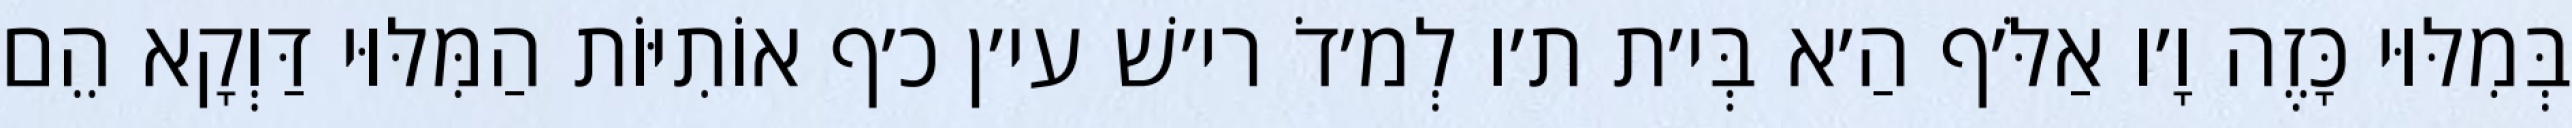
בְּמִלּוּי כָּזֶה וָ׳ו אַלֹּ׳ף הַ׳א בְּי׳ת ת׳ו לְמ׳דֹ רי׳שׁ עי׳ן כ׳ף אוֹתִיּוֹת הַמִּלּוּי דַּוְקָא הֵם